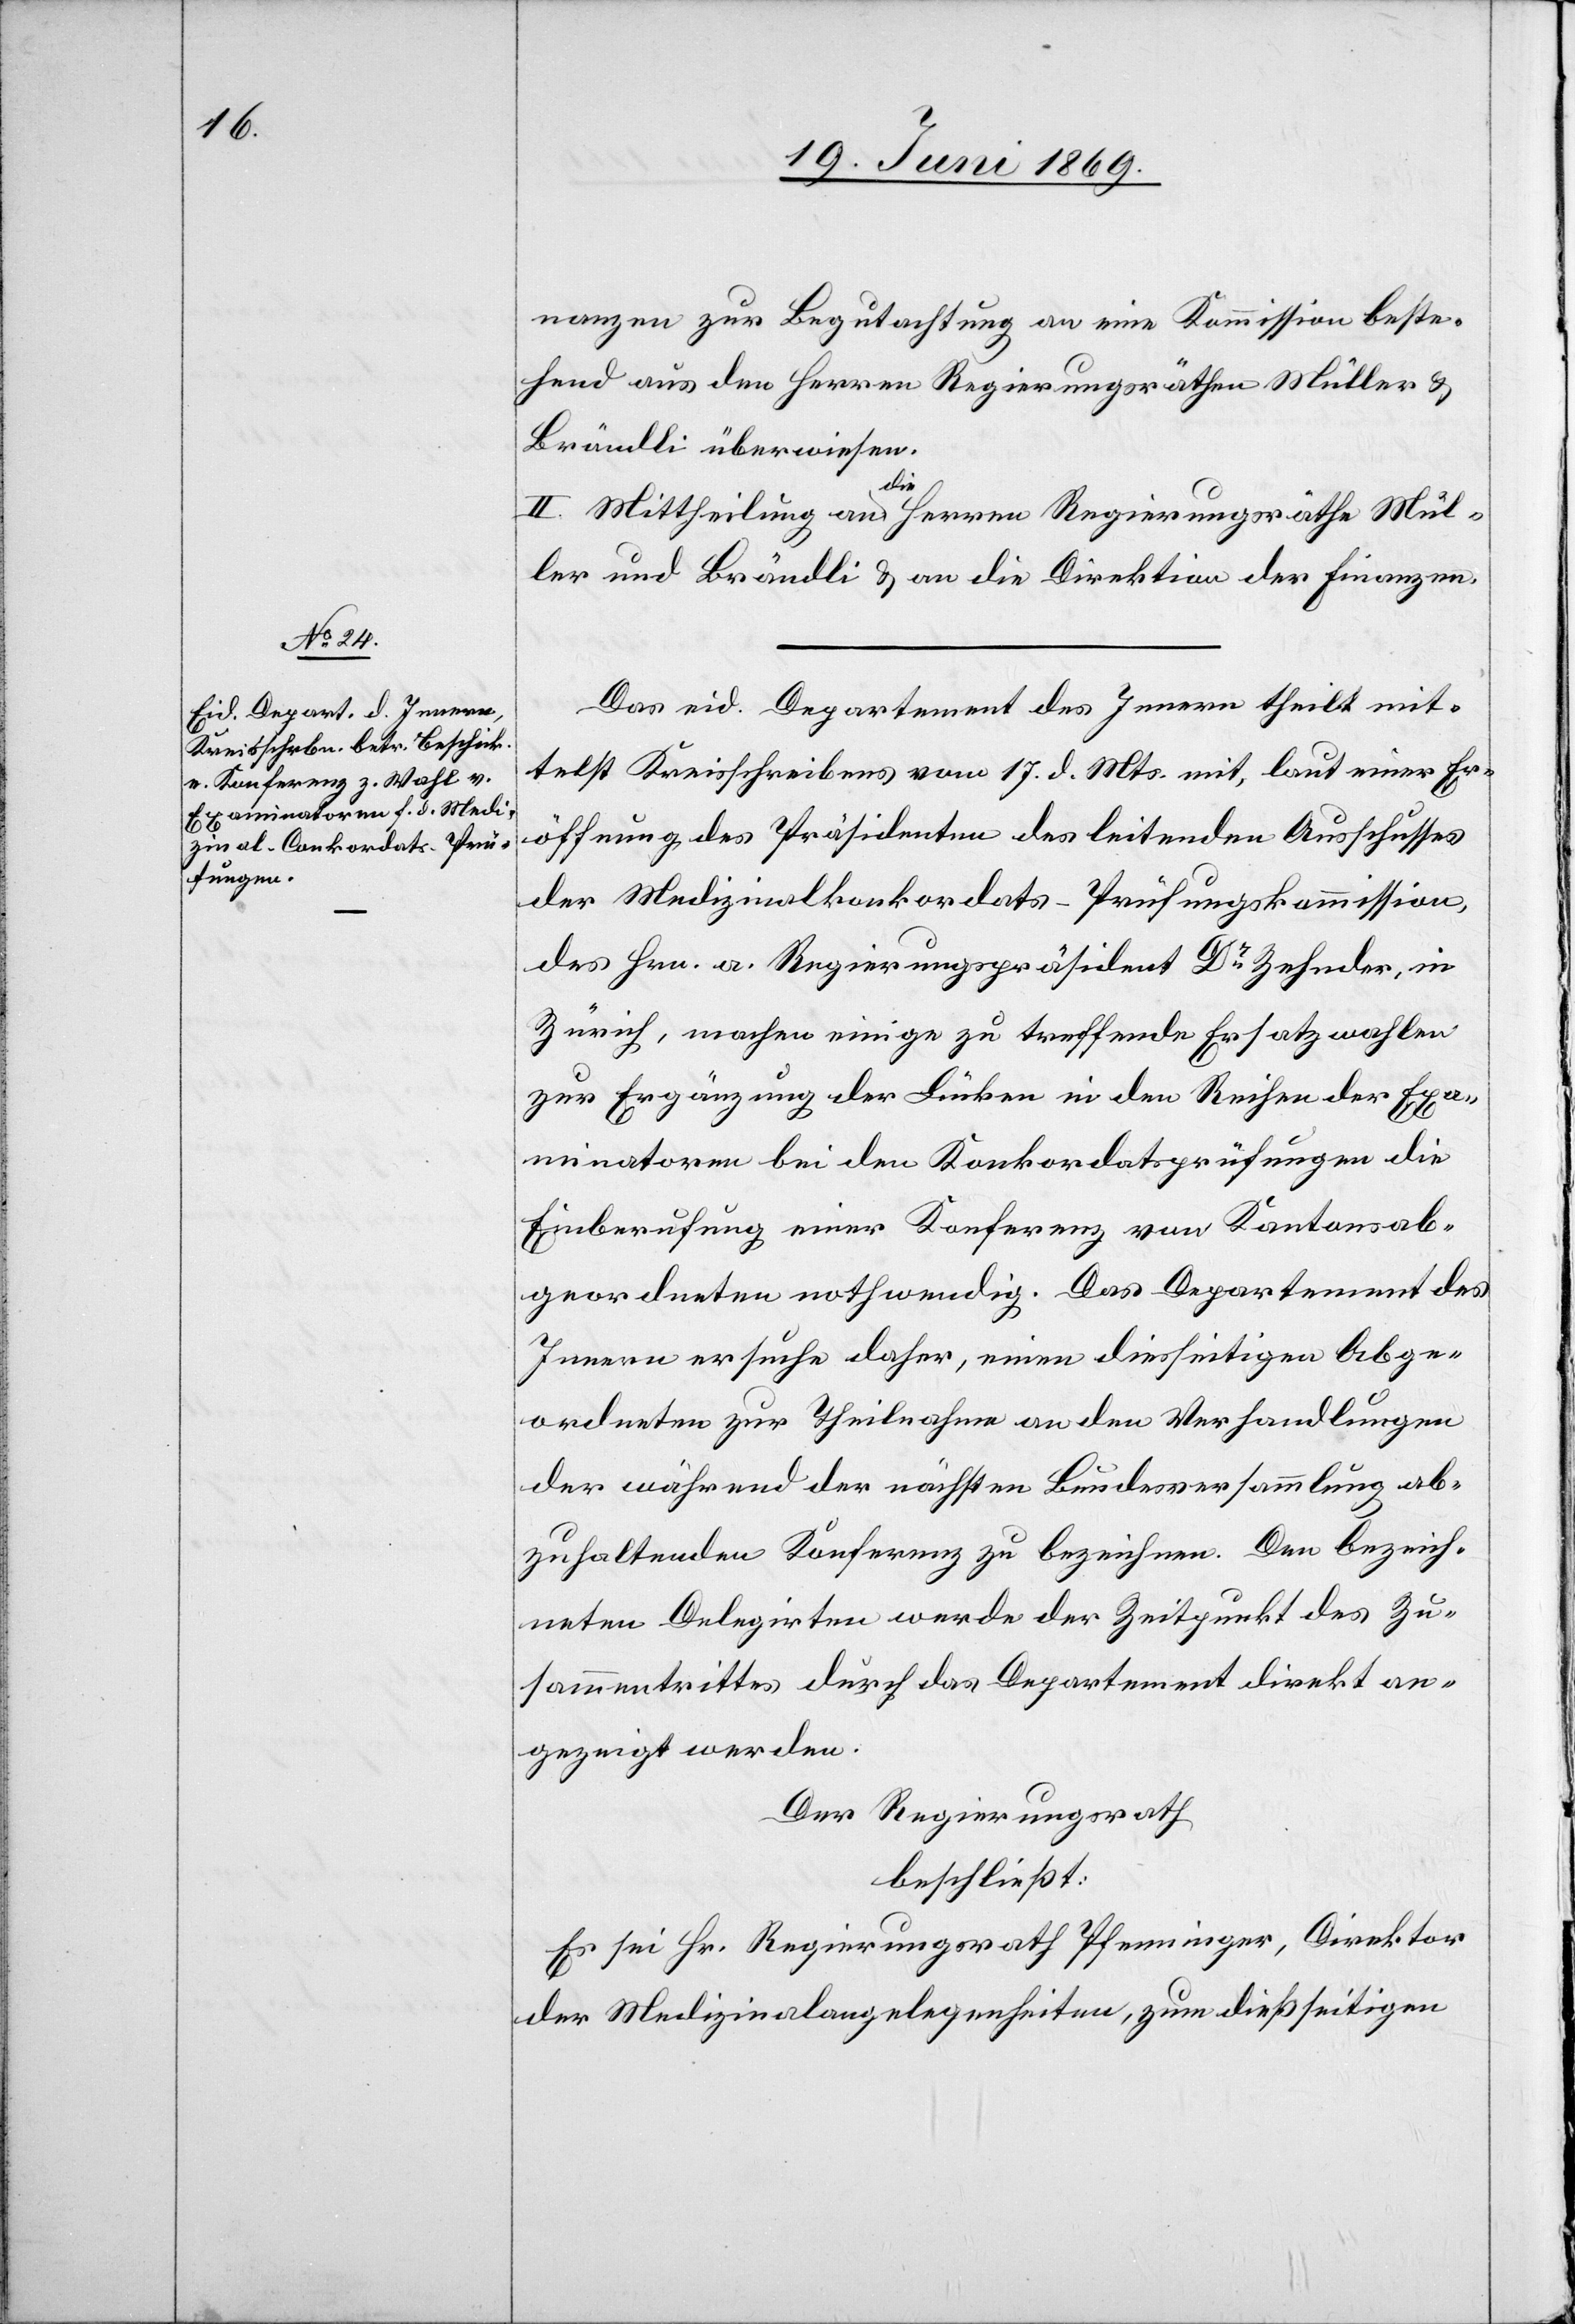
II. Mittheilung an die fernern Regierungsräthe Mul¬
ler und Brändli u. an die Direktion der Finanzen.
Das eid. Departement des Innern theilt mit¬
telst Kreisschreiben vom 17 d. Mts. mit, laut einer Er¬
öffnung des Präsidenten des leitenden Ausschusses
der Medizinalkonkordats-Prüfungskommission,
des Hrn. a. Regierungspräsident Dr Zehnder, in
Zürich, machen einige zu treffende Ersatzwahlen
zur Ergänzung der Lücken in den Reihen der Exa¬
minatoren bei den Konkordatsprüfungen die
Einberufung einer Konferenz von Kantonsab¬
geordneten nothwendig. Das Departement des
Innern ersuche daher, einen diesseitigen Abge¬
ordneten zur Theilnahme an den Verhandlungen
der während der nächsten Bundesversammlung ab¬
zuhaltenden Konferenz zu bezeichnen. Den bezeich¬
neten Delegirten werde der Zeitpunkt des Zu¬
sammentrittes durch das Departement direkt an¬
gezeigt werden.
Der Regierungsrath,
beschließt:
Es sei Hr. Regierungsrath Pfenninger, Direktor
der Medizinalangelegenheiten, zum dießseitigen